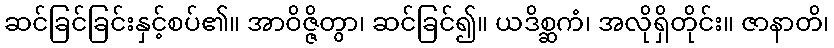
ဆင်ခြင်ခြင်းနှင့်စပ်၏။ အာဝိဇ္ဇိတွာ၊ ဆင်ခြင်၍။ ယဒိစ္ဆကံ၊ အလိုရှိတိုင်း။ ဇာနာတိ၊